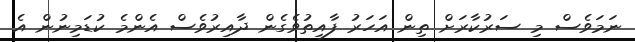
ނަަމަވެސް މި ސަރުކާރަށް ތިން އަހަރު ފާއިތުވެގެން ދާއިރުވެސް އެންމެ ކުޑަމިނުން އެ